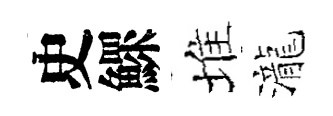
史鰥堆瀧